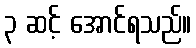
၃ ဆင့် အောင်ရသည်။